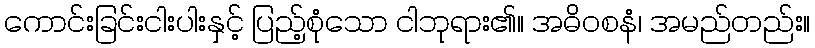
ကောင်းခြင်းငါးပါးနှင့် ပြည့်စုံသော ငါဘုရား၏။ အဓိဝစနံ၊ အမည်တည်း။